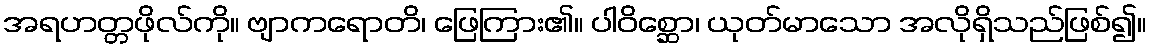
အရဟတ္တဖိုလ်ကို။ ဗျာကရောတိ၊ ဖြေကြား၏။ ပါဝိစ္ဆော၊ ယုတ်မာသော အလိုရှိသည်ဖြစ်၍။